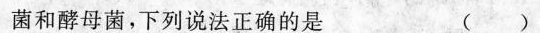
菌和酵母菌，下列说法正确的是 （）